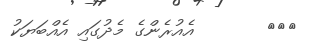
١٠٣       އެއުރެންގެ މެދުގައި އެއްބަޔަކު